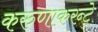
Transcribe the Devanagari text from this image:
करुणाकरन्टे